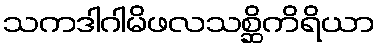
သကဒါဂါမိဖလသစ္ဆိကိရိယာ